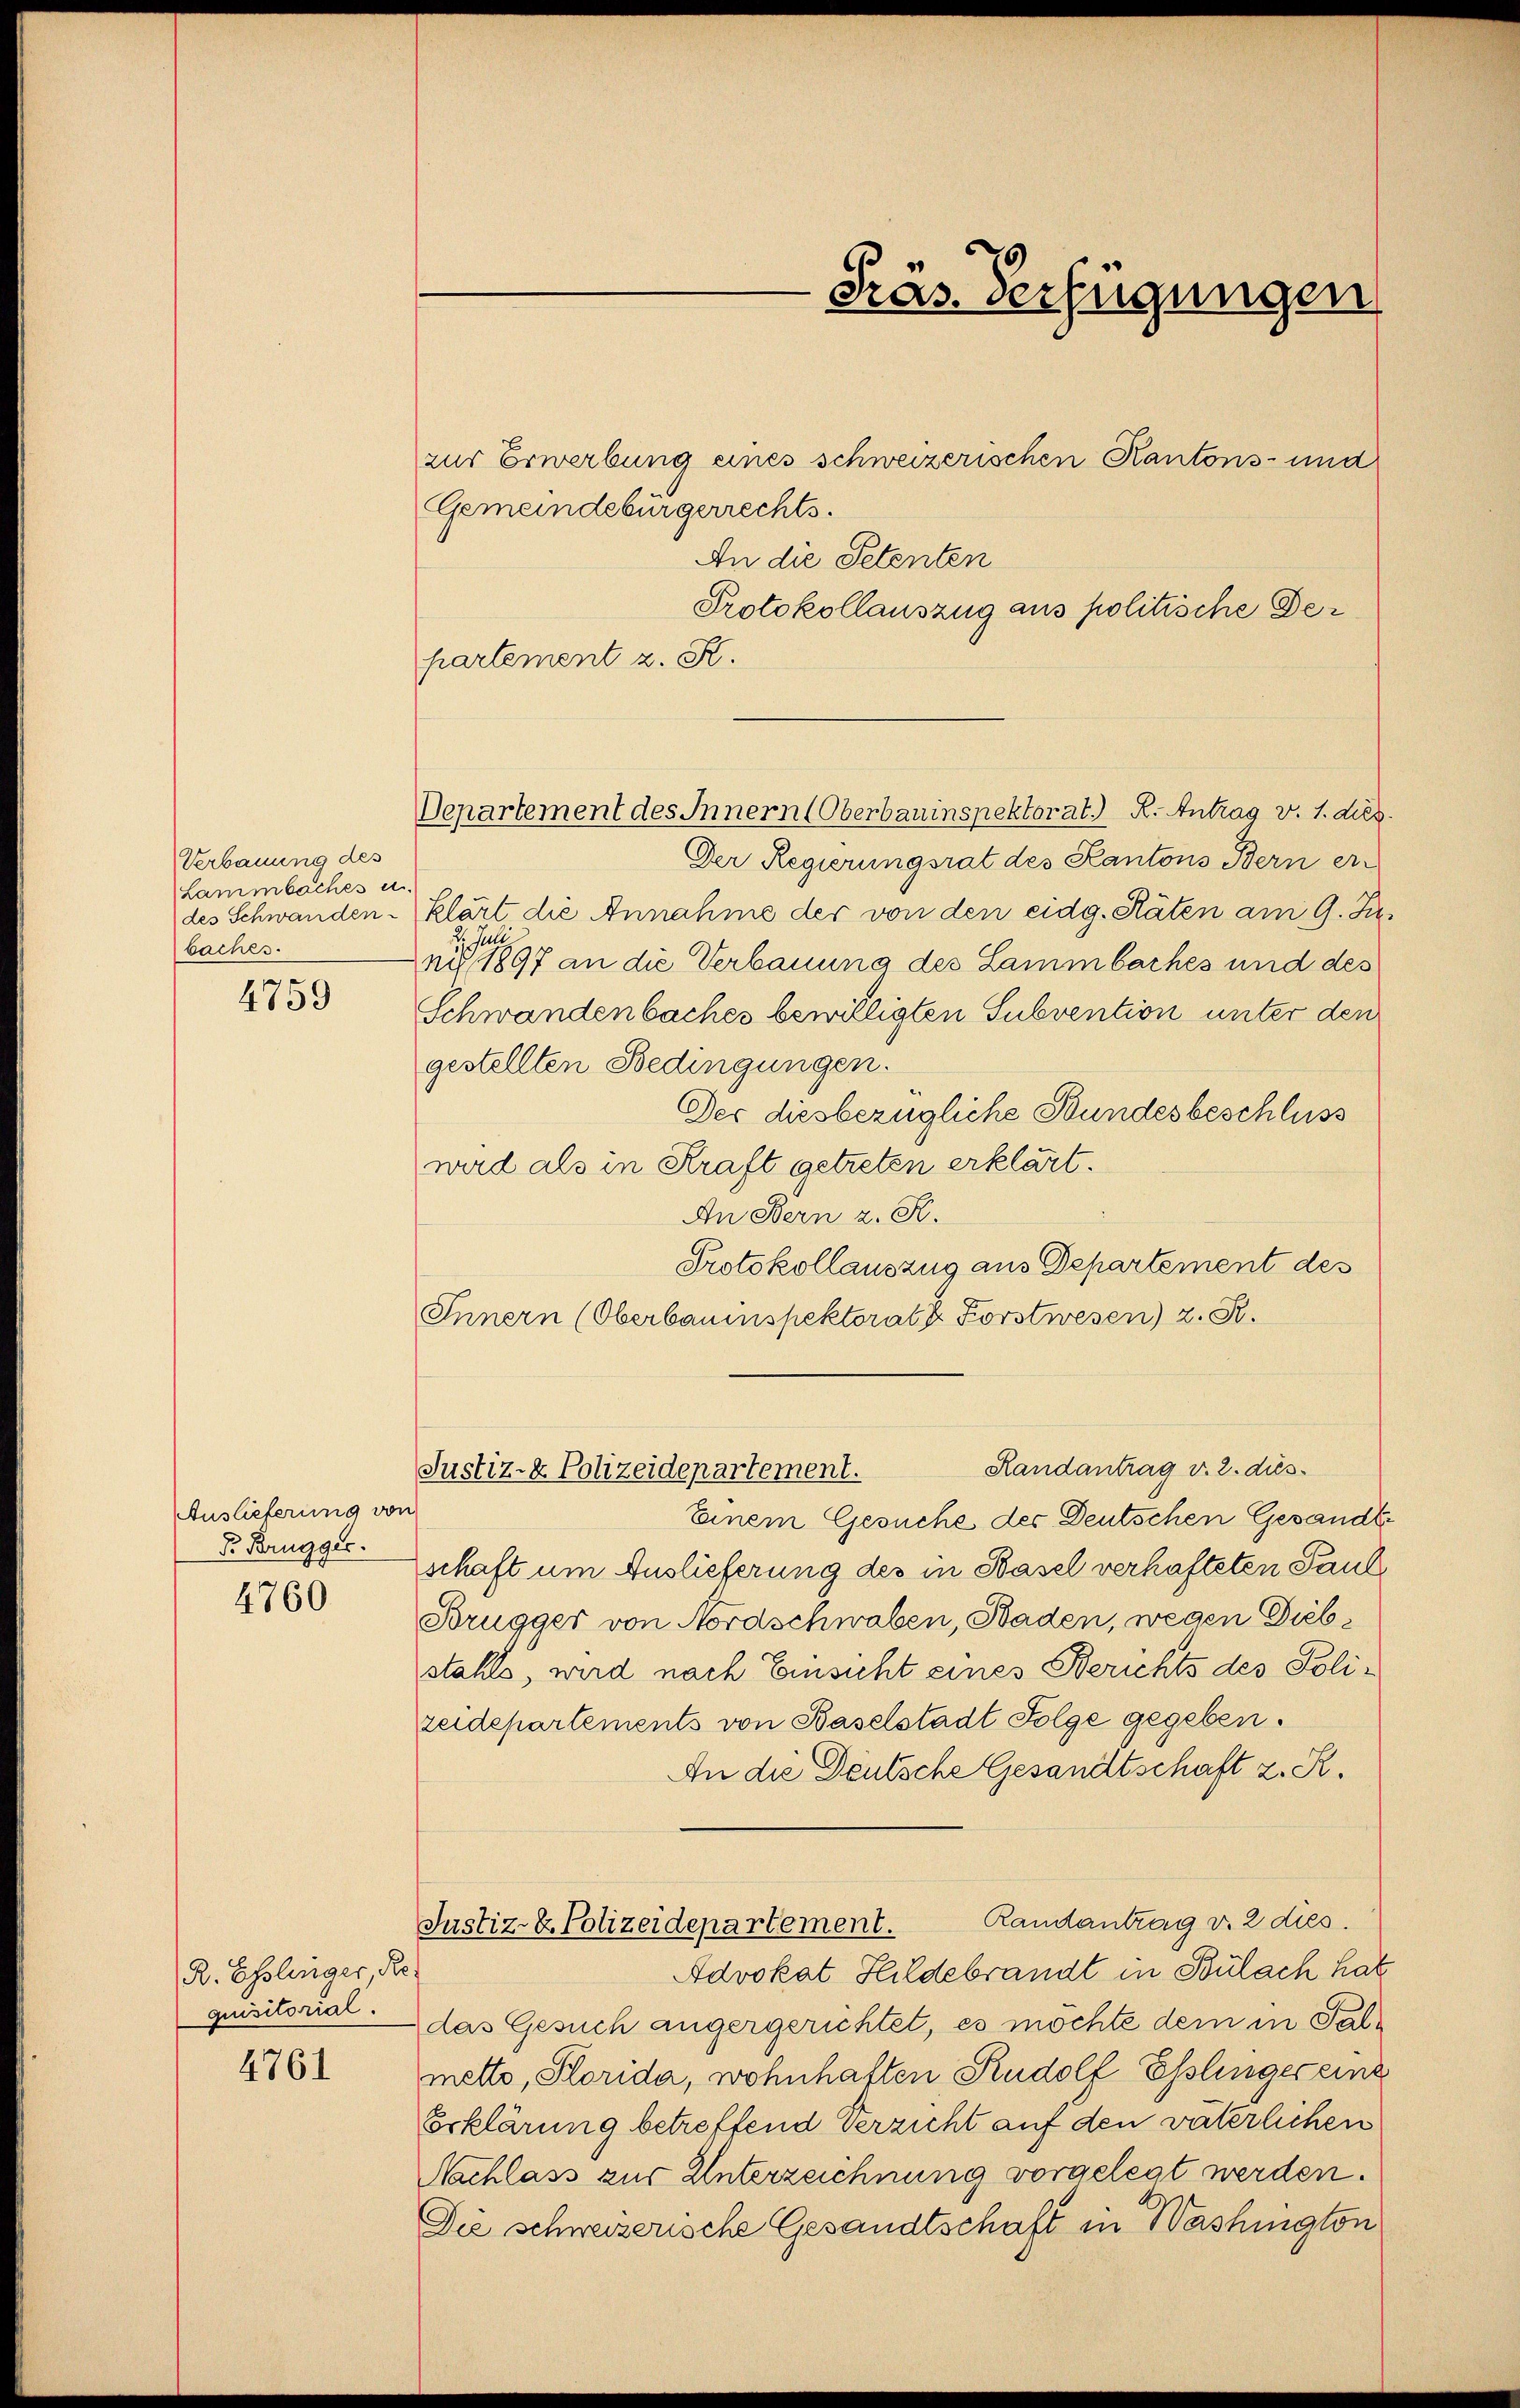
Verbauung des
Lammbaches u.
des Schwanden.
baches.

4759

Auslieferung von
P. Brugger.
4760

R. Esslinger, Requisitorial.

4761

zur Erwerbung eines schweizerischen Kantons- und
Gemeindebürgerrechts.
An die Petenten
Protokollauszug aus politische Departement z. K.
Departement des Innern (Oberbauinspektorat.) R. Antrag v. 1. dies.
Der Regierungsrat des Kantons Bern er
klärt die Annahme der von den eidg. Räten am 9. Ju¬
Juli
ni 1897 an die Verbauung des Lammbaches und des
Schwandenbaches bewilligten Subvention unter den
gestellten Bedingungen.
Der diesbezügliche Bundesbeschluss
wird als in Kraft getreten erklärt.
An Bern z. R.
Protokollauszug aus Departement des
Innern (Oberbauinspektorat k. Forstwesen) z. R.
Randantrag v. 2. dies
Justiz- & Polizeidepartement.
Einem Gesuche des Deutschen Gesandtschaft um Auslieferung des in Basel verhafteten Paul
Brugger von Nordschwaben, Baden, wegen Diebstahls, wird nach Einsicht eines Berichts des Polizeidepartements von Baselstadt Folge gegeben.
An die Deutsche Gesandtschaft z. R.
Randantrag v. 2 dies.
Justiz- & Polizeidepartement.
Advokat Hildebrandt in Bülach hat
das Gesuch angergerichtet, es möchte dem in Palmetto, Florida, wohnhaften Rudolf Esslinger einz
Erklärung betreffend Verzicht auf den väterlichen
Nachlass zur Unterzeichnung vorgelegt werden.
Die schweizerische Gesandtschaft in Washington

Präs. Verfügungen